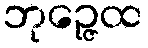
ဘုဉ္ဇေထ